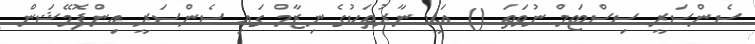
ސެންސަރީ ސިސްޓަމް ނުވަތަ () އަކީ ނާރުތަކުގެ ނިޒާމް ގައި ސެންސަރީ އިންފޮމޭޝަން